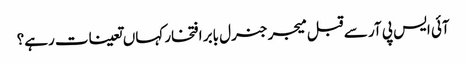
آئی ایس پی آر سے قبل میجر جنرل بابر افتخار کہاں تعینات رہے؟